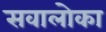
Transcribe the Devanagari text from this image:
सवालोका